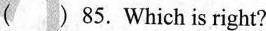
( ) 85. Which is right？